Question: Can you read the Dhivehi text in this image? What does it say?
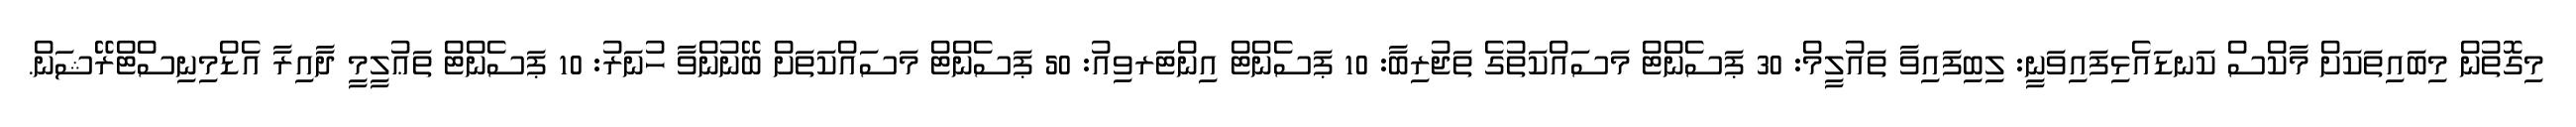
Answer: މިގޮތުން މިބައިތަކަށް މާކްސް ކަނޑައެޅިފައިވަނީ: ލިބިފައިވާ ތައުލީމް: 30 ޕަސެންޓް މަސައްކަތުގެ ތަޖުރިބާ: 10 ޕަސެންޓް އިންޓަރވިއު: 50 ޕަސެންޓް މަސައްކަތަށް ބޭނުންވާ ހުނަރު: 10 ޕަސެންޓް ތަޢުލީމީ ދާއިރާ އެޑްމިނިސްޓްރޭޝަން.